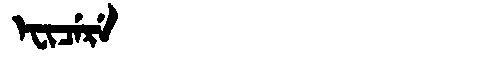
Manchu: ᡝᠸᡳᠴᡝᡵᡝ
Romanization: EFICERE